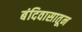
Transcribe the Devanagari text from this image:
बंदिवासातून